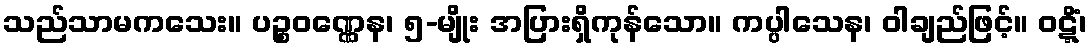
သည်သာမကသေး။ ပဉ္စဝဏ္ဏေန၊ ၅-မျိုး အပြားရှိကုန်သော။ ကပ္ပါသေန၊ ဝါချည်ဖြင့်။ ဝဋ္ဋိံ၊